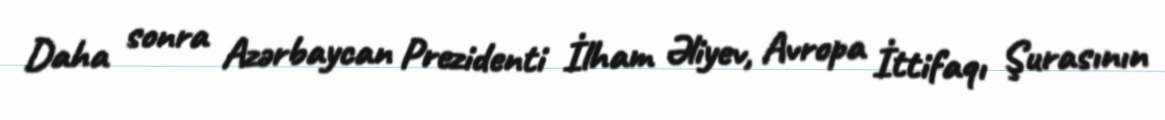
Daha sonra Azərbaycan Prezidenti İlham Əliyev, Avropa İttifaqı Şurasının